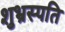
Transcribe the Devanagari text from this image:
शुभ्रस्पति